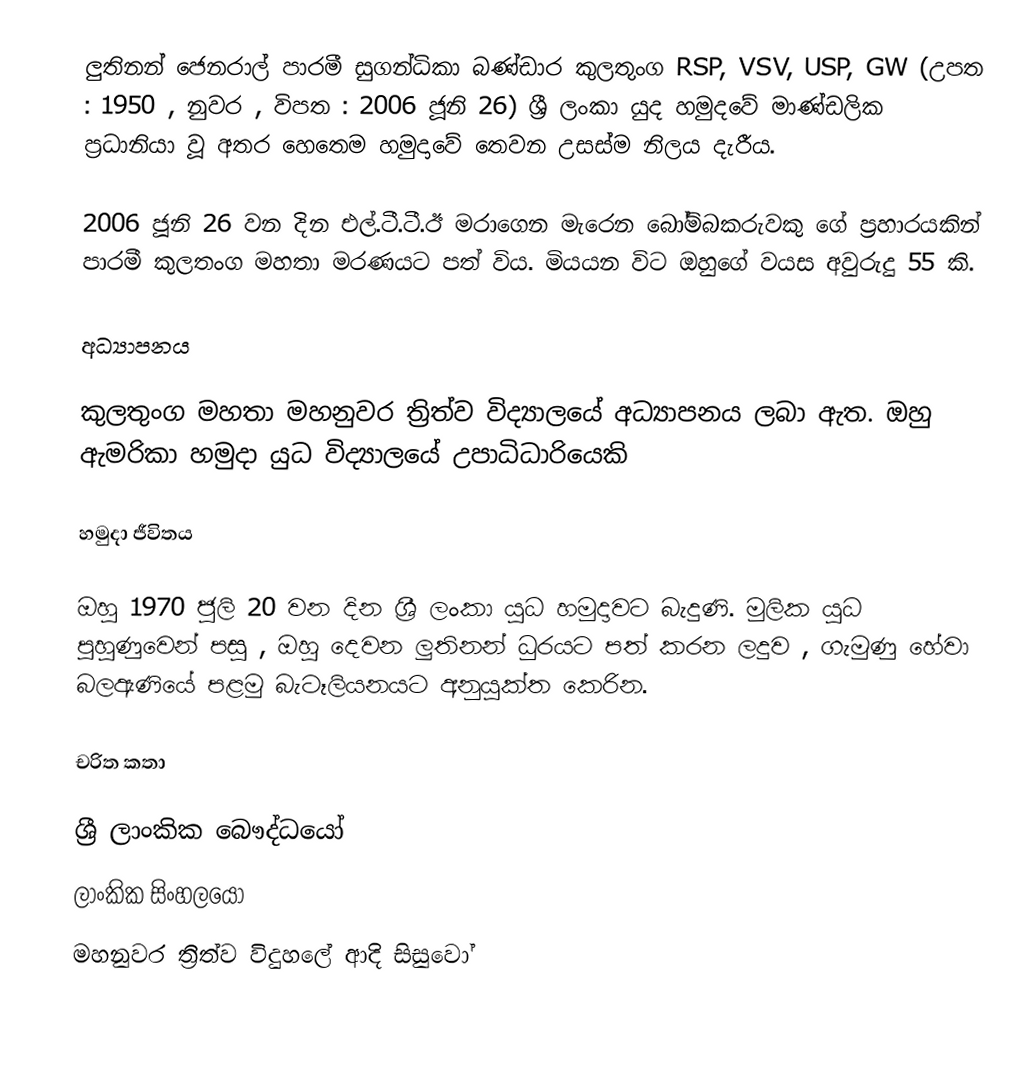
ලුතිනන් ජෙනරාල් පාරමී සුගන්ධිකා බණ්ඩාර කුලතුංග RSP, VSV, USP, GW (උපත : 1950 , නුවර , විපත : 2006 ජූනි 26) ශ්‍රී ලංකා යුද හමුදවේ මාණ්ඩලික ප්‍රධානියා වූ අතර හෙතෙම හමුදාවේ තෙවන උසස්ම නිලය දැරීය.

2006 ජූනි 26 වන දින එල්.ටී.ටී.ඊ මරාගෙන මැරෙන බෝම්බකරුවකු ගේ ප්‍රහාරයකින් පාරමී කුලතංග මහතා මරණයට පත් විය. මියයන විට ඔහුගේ වයස අවුරුදු 55 කි.

අධ්‍යාපනය

කුලතුංග මහතා මහනුවර ත්‍රිත්ව විද්‍යාලයේ අධ්‍යාපනය ලබා ඇත. ඔහු ඇමරිකා හමුදා යුධ විද්‍යාලයේ උපාධිධාරියෙකි

හමුදා ජීවිතය

ඔහු 1970 ජුලි 20 වන දින ශ්‍රී ලංකා යුධ හමුදාවට බැදුණි. මුලික යුධ පුහුණුවෙන් පසු , ඔහු දෙවන ලුතිනන් ධුරයට පත් කරන ලදුව , ගැමුණු හේවා බලඇණියේ පළමු බැටෑලියනයට අනුයුක්ත කෙරින.

චරිත කතා

ශ්‍රී ලාංකික බෞද්ධයෝ
ලාංකික සිංහලයෝ
මහනුවර ත්‍රිත්ව විදුහලේ ආදි සිසුවෝ